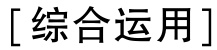
[综合运用]